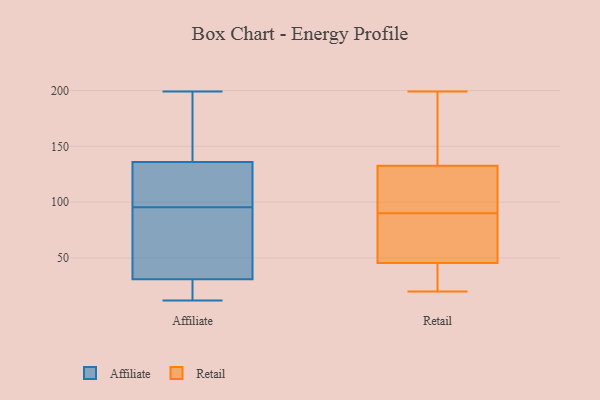
{"axis": {"x": "LTV (USD)", "y": "Value"}, "legend": ["Affiliate", "Retail"], "data": [{"x": "", "y": 136, "type": "Affiliate"}, {"x": "", "y": 118, "type": "Affiliate"}, {"x": "", "y": 77, "type": "Affiliate"}, {"x": "", "y": 114, "type": "Affiliate"}, {"x": "", "y": 128, "type": "Affiliate"}, {"x": "", "y": 17, "type": "Affiliate"}, {"x": "", "y": 189, "type": "Affiliate"}, {"x": "", "y": 199, "type": "Affiliate"}, {"x": "", "y": 16, "type": "Affiliate"}, {"x": "", "y": 49, "type": "Affiliate"}, {"x": "", "y": 12, "type": "Affiliate"}, {"x": "", "y": 152, "type": "Affiliate"}, {"x": "", "y": 31, "type": "Affiliate"}, {"x": "", "y": 52, "type": "Affiliate"}, {"x": "", "y": 199, "type": "Retail"}, {"x": "", "y": 146, "type": "Retail"}, {"x": "", "y": 86, "type": "Retail"}, {"x": "", "y": 48, "type": "Retail"}, {"x": "", "y": 90, "type": "Retail"}, {"x": "", "y": 38, "type": "Retail"}, {"x": "", "y": 122, "type": "Retail"}, {"x": "", "y": 31, "type": "Retail"}, {"x": "", "y": 132, "type": "Retail"}, {"x": "", "y": 134, "type": "Retail"}, {"x": "", "y": 122, "type": "Retail"}, {"x": "", "y": 20, "type": "Retail"}, {"x": "", "y": 90, "type": "Retail"}]}